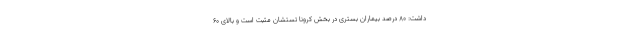
داشت: ۸۰ درصد بیماران بستری در بخش کرونا تستشان مثبت است و بالای ۶۰